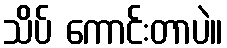
သိပ် ကောင်းတာပဲ။